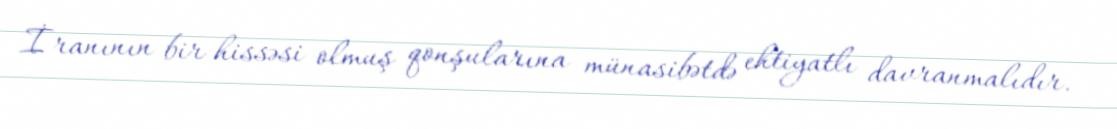
İranının bir hissəsi olmuş qonşularına münasibətdə ehtiyatlı davranmalıdır.